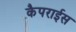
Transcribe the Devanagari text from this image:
कैपराईस